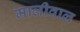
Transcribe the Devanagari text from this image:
मालीवाल